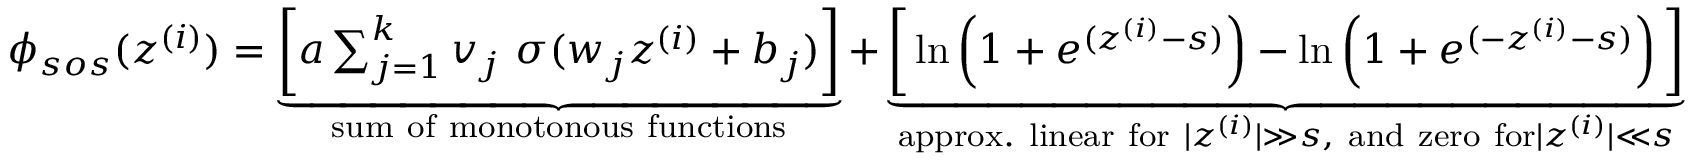
\begin{array} { r } { \phi _ { s o s } ( z ^ { ( i ) } ) = \underbrace { \bigg [ a \sum _ { j = 1 } ^ { k } v _ { j } \ \sigma ( w _ { j } z ^ { ( i ) } + b _ { j } ) \bigg ] } _ { \mathrm { s u m ~ o f ~ m o n o t o n o u s ~ f u n c t i o n s } } + \underbrace { \bigg [ \ln \left( 1 + e ^ { ( z ^ { ( i ) } - s ) } \right) - \ln \left( 1 + e ^ { ( - z ^ { ( i ) } - s ) } \right) \bigg ] } _ { \mathrm { a p p r o x . ~ l i n e a r ~ f o r ~ } | z ^ { ( i ) } | \gg s \mathrm { , ~ a n d ~ z e r o ~ f o r } | z ^ { ( i ) } | \ll s } } \end{array}